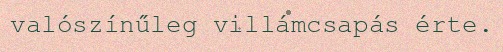
valószínűleg villámcsapás érte.